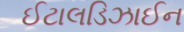
ઈટાલડિઝાઈન